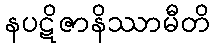
နပဋိဇာနိဿာမီတိ